Medical and sanitary report of the native army of Bengal for the year
Year: 1875
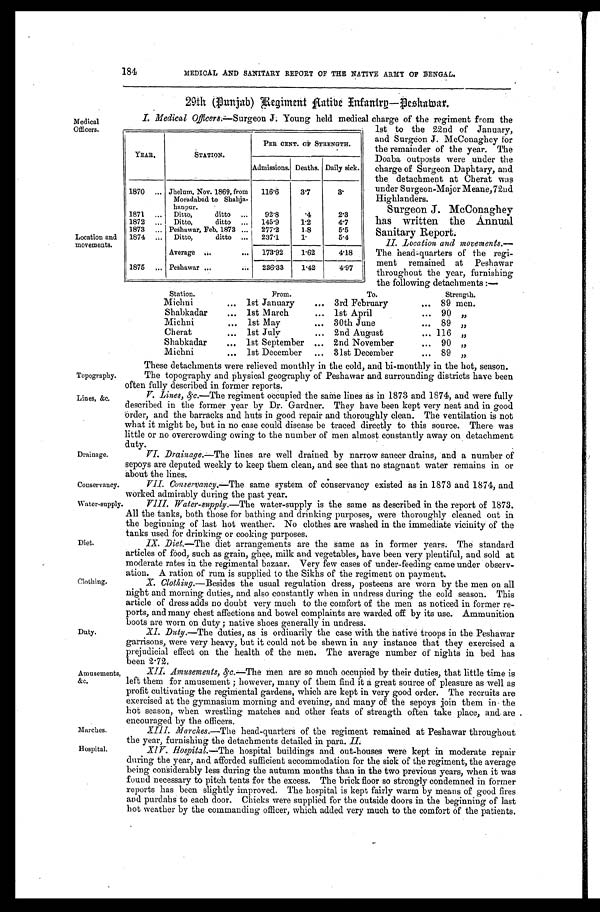
Medical
Officers.
Location and
movements.
Topography.
Lines, &c,
Drainage.
Conservancy.
184
MEDICAL AND SANITARY REPORT OF THE NATIVE ARMY OF BENGAL.
29th (Punjab) Regiment Native Infantry— Peshawar.
I . Medical Officers.—Surgeon J. Young held medical charge of the regiment from the
YEAR.
STATION.
PER CENT. OF STRENGTH.
Admissions. Deaths. Daily sick.
1870
... Jhelum, Nov. 1869, from
116.6
3 . 7
3.
Moradabad to Shahja-
hanpur.
1871
...
Ditto, d i t t o
...
92.8
.4
2.3
1872
...
Ditto,
ditto
...
145.9
1.2
4.7
1873
... Peshawar, Feb. 1873 ...
277.2
1.8
5.5
1874
...
Ditto,
ditto
...
237.1
1.
5.4
Average
...
...
173.92
1.62
4.18
1875
...
Peshawar ... ...
236.33
1.42
4.97
1st to the 22nd of January,
and Surgeon J. McConaghey for
the remainder of the year. The
Doaba outposts were under the
charge of Surgeon Daphtary, and
the detachment at Cherat was
under Surgeon-Major Meane,72nd
H i g h l a n d e r s .
Surgeon J. McConaghey
has written the Annual
Sanitary Report.
II. Location and movements.—
The head-quarters of the regi-
ment remained at Peshawar
throughout the year, furnishing
the following detachments :—
Station.
From.
To.
Strength.
Michni
...
1st January
...
3rd February
...
89 men.
Shabkada
...
1 s t M a r c h
...
.
1st April
...
90 , ,
Michni
...
1st May
...
30th June
...
89 , ,
Cherat
...
1st July
...
2nd August
...
116 ,,
Shabkadar
...
1st September
...
2nd November
...
90 , ,
Michni
... 1st December
... 31st December
... 89 , ,
These detachments were relieved monthly in the cold, and bi-monthly in the hot, season.
The topography and physical geography of Peshawar and surrounding districts have been
often fully described in former reports.
V. Lines, &c.—The regiment occupied the same lines as in 1873 and 1874, and were fully
described in the former year by Dr. Gardner. They have been kept very neat and in good
Order, and the barracks and huts in good repair and thoroughly clean. The ventilation is not
what it might be, but in no case could disease be traced directly to this source. There was
little or no overcrowding owing to the number of men almost constantly away on detachment
duty.
VI. Drainage.— The lines are well drained by narrow saucer drains, and a number of
sepoys are deputed weekly to keep them clean, and see that no stagnant water remains in or
a b o u t t h e l i n e s .
VII. Conservancy.— The same system of conservancy existed as in 1873 and 1874, and
worked admirably during the nast year.
Water-supply.
Diet.
Clothing.
Duty.
Amusements,
&c.
Marches.
Water-supply.—The water-supply is the same as described in the report of 1873.
All the tanks, both those for bathing and drinking purposes, were thoroughly cleaned out in
the beginning of last hot weather. No clothes are washed in the immediate vicinity of the
tanks used for drinking or cooking purposes.
IX. Diet.—The diet arrangements are the same as in former years. The standard
articles of food, such as grain, ghee, milk and vegetables, have been very plentiful, and sold at
moderate rates in the regimental bazaar. Very few cases of under-feeding came under observ-
ation. A ration of rum is sunnlied to the Sikhs of the regiment on payment.
X. Clothing.— Besides the usual regulation dress, posteens are worn by the men on all
night and morning duties, and also constantly when in undress during the cold season. This
article of dress adds no doubt very much to the comfort of the men as noticed in former re-
ports, and many chest affections and bowel complaints are warded off by its use. Ammunition
boots are worn on duty ; native shoes generally in undress.
XI. Duty.—The duties, as is ordinarily the case with the native troops in the Peshawar
garrisons, were very heavy, but it could not be shewn in any instance that they exercised a
prejudicial effect on the health of the men. The average number of nights in bed has
been 2.72.
XII. Amusements, &c.— The men are so much occupied by their duties, that little time is
left them for amusement ; however, many of them find it a great source of pleasure as well as
profit cultivating the regimental gardens, which are kept in very good order. The recruits are
exercised at the gymnasium morning and evening, and many of the sepoys join them in the
hot season, when wrestling matches and other feats of strength often take place, and, are
encouraged buy the officers.
XIII. Marches.—The head-quarters of the regiment remained at Peshawar throughout
the year, furnishing the detachments detailed in para. II.
H ospital.
XIV hospital.—The hospital buildings and out-houses were kept in moderate repair
during the year, and afforded sufficient accommodation for the sick of the regiment, the average
being considerably less during the autumn months than in the two previous years, when it was
found necessary to pitch tents for the excess. The brick floor so strongly condemned in former
reports has been slightly improved. The hospital is kept fairly warm by means of good fires
and purdahs to each door. Chicks were supplied for the outside doors in the beginning of last
hot weather by the commanding officer, which added very much to the comfort Of the patients.